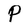
Character: P